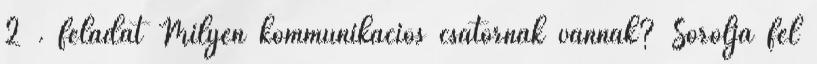
2 . feladat Milyen kommunikációs csatornák vannak? Sorolja fel